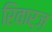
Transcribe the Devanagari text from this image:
रिवार्ज़